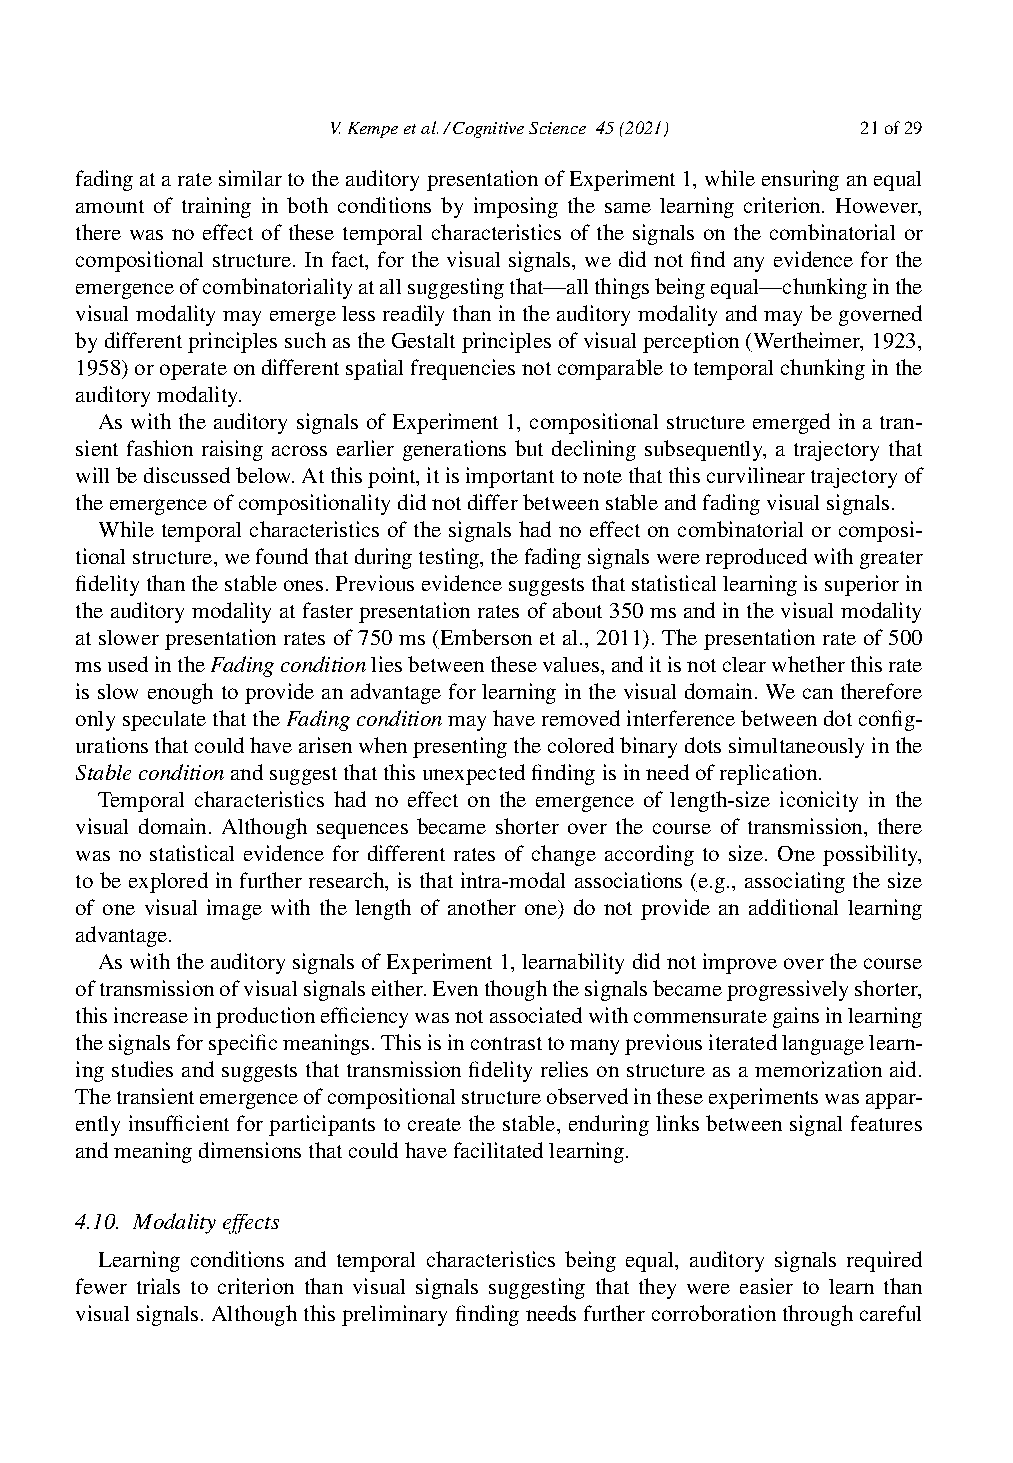
V.Kempeetal./CognitiveScience 45(2021) 21of29
 fadingataratesimilartotheauditorypresentationofExperiment1,whileensuringanequal
 amount of training in both conditions by imposing the same learning criterion. However,
 there was no effect of these temporal characteristics of the signals on the combinatorial or
 compositional structure. In fact, for the visual signals, we did not find any evidence for the
 emergenceofcombinatorialityatallsuggestingthat—allthingsbeingequal—chunkinginthe
 visualmodalitymayemergelessreadilythanintheauditorymodalityandmaybegoverned
 bydifferentprinciplessuchastheGestaltprinciplesofvisualperception(Wertheimer,1923,
 1958)oroperateondifferentspatialfrequenciesnotcomparabletotemporalchunkinginthe
 auditorymodality.
 As with the auditory signals of Experiment 1, compositional structure emerged in a tran-
 sient fashion raising across earlier generations but declining subsequently, a trajectory that
 willbediscussedbelow.Atthispoint,itisimportanttonotethatthiscurvilineartrajectoryof
 theemergenceofcompositionalitydidnotdifferbetweenstableandfadingvisualsignals.
 While temporal characteristics of the signals had no effect on combinatorial or composi-
 tionalstructure,wefoundthatduringtesting,thefadingsignalswerereproducedwithgreater
 fidelitythanthestableones.Previousevidencesuggeststhatstatisticallearningissuperiorin
 the auditory modality at faster presentation rates of about 350 ms and in the visual modality
 at slower presentation rates of 750 ms (Emberson et al., 2011). The presentation rate of 500
 msusedintheFadingconditionliesbetweenthesevalues,anditisnotclearwhetherthisrate
 is slow enough to provide an advantage for learning in the visual domain. We can therefore
 onlyspeculatethattheFadingconditionmayhaveremovedinterferencebetweendotconfig-
 urationsthatcouldhavearisenwhenpresentingthecoloredbinarydotssimultaneouslyinthe
 Stableconditionandsuggestthatthisunexpectedfindingisinneedofreplication.
 Temporal characteristics had no effect on the emergence of length-size iconicity in the
 visual domain. Although sequences became shorter over the course of transmission, there
 was no statistical evidence for different rates of change according to size. One possibility,
 to be explored in further research, is that intra-modal associations (e.g., associating the size
 of one visual image with the length of another one) do not provide an additional learning
 advantage.
 AswiththeauditorysignalsofExperiment1,learnabilitydidnotimproveoverthecourse
 oftransmissionofvisualsignalseither.Eventhoughthesignalsbecameprogressivelyshorter,
 thisincreaseinproductionefficiencywasnotassociatedwithcommensurategainsinlearning
 thesignalsforspecificmeanings.Thisisincontrasttomanypreviousiteratedlanguagelearn-
 ing studies and suggests that transmission fidelity relies on structure as a memorization aid.
 Thetransientemergenceofcompositionalstructureobservedintheseexperimentswasappar-
 ently insufficient for participants to create the stable, enduring links between signal features
 andmeaningdimensionsthatcouldhavefacilitatedlearning.
 4.10. Modalityeffects
 Learning conditions and temporal characteristics being equal, auditory signals required
 fewer trials to criterion than visual signals suggesting that they were easier to learn than
 visualsignals.Althoughthispreliminaryfindingneedsfurthercorroborationthroughcareful